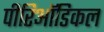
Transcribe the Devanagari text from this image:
पीरिऑडिकल